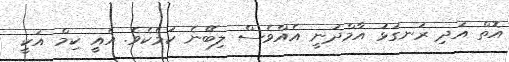
އޮތް އަދި ރަނގަޅު އާމްދަނީ އެއްވެސް ލިބޭނެ ކަމެކެވެ. އެއީ ކިމް އަކީ